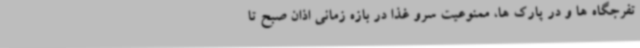
تفرجگاه ها و در پارک ها، ممنوعیت سرو غذا در بازه زمانی اذان صبح تا